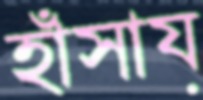
হাঁসায়